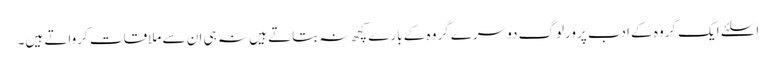
اسلئے ایک گروہ کے ادب پرورلوگ دوسرے گروہ کے بارے کچھ نہ بتاتے ہیں نہ ہی ان سے ملاقات کرواتے ہیں۔